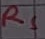
Text: RS